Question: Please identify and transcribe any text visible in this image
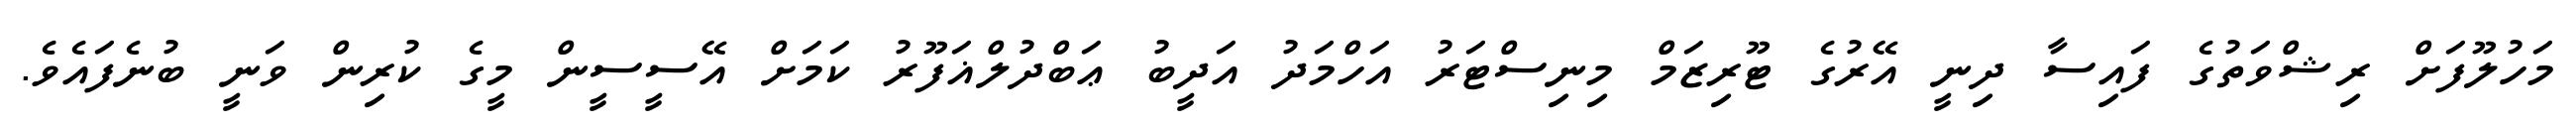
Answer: މަހުލޫފަށް ރިޝްވަތުގެ ފައިސާ ދިނީ އޭރުގެ ޓޫރިޒަމް މިނިސްޓަރު އަހްމަދު އަދީބު ޢަބްދުލްޣަފޫރު ކަމަށް އޭސީސީން މީގެ ކުރިން ވަނީ ބުނެފައެވެ.